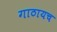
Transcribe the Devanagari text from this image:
गाठायच